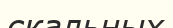
скальных